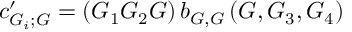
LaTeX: c _ { G _ { i } ; G } ^ { \prime } = ( G _ { 1 } G _ { 2 } G ) \, b _ { G , G } \, ( G , G _ { 3 } , G _ { 4 } )